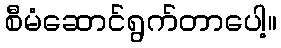
စီမံဆောင်ရွက်တာပေါ့။